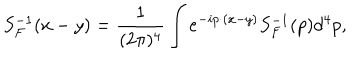
LaTeX: S _ { F } ^ { - 1 } ( x - y ) = { \frac { 1 } { ( 2 \pi ) ^ { 4 } } } \int e ^ { - i p \cdot ( x - y ) } S _ { F } ^ { - 1 } ( p ) d ^ { 4 } p ,